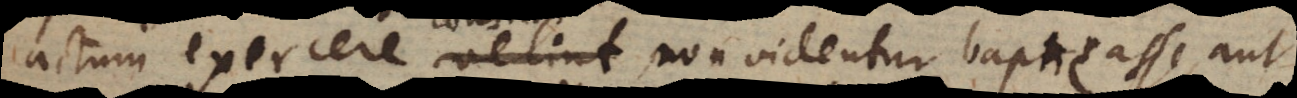
actum exercere velint, non videntur baptizasse, aut